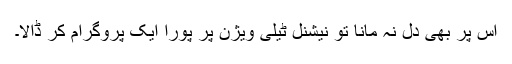
اس پر بھی دل نہ مانا تو نیشنل ٹیلی ویژن پر پورا ایک پروگرام کر ڈالا۔